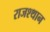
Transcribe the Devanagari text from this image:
राजश्थान